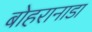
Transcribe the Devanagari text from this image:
बोहरानाडा